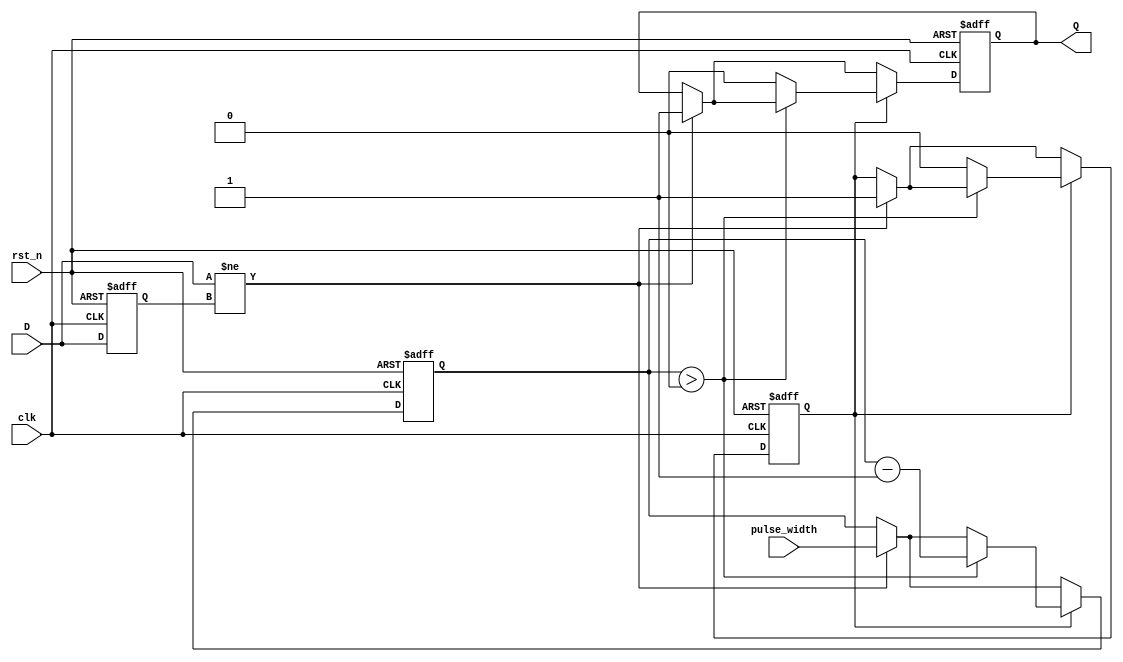
module edge_detector (
    input wire clk,          // Clock signal
    input wire rst_n,       // Asynchronous active-low reset
    input wire D,           // Input signal to be monitored
    input wire [3:0] pulse_width, // Pulse width control (in clock cycles)
    output reg Q            // Output pulse signal
);

    // State register to hold the last state of the input signal
    reg D_prev;

    // State for pulse duration counting
    reg [3:0] pulse_counter;
    reg pulse_active;

    // Edge detection process
    always @(posedge clk or negedge rst_n) begin
        if (!rst_n) begin
            // Reset all states
            D_prev <= 1'b0;
            Q <= 1'b0;
            pulse_counter <= 4'b0;
            pulse_active <= 1'b0;
        end else begin
            // Check for edge
            if (D != D_prev) begin
                // Edge detected, activate the pulse
                pulse_active <= 1'b1;
                pulse_counter <= pulse_width; // Load counter with pulse width
                Q <= 1'b1; // Set output pulse High
            end

            // Process pulse counter
            if (pulse_active) begin
                if (pulse_counter > 0) begin
                    pulse_counter <= pulse_counter - 1; // Decrement counter
                end else begin
                    pulse_active <= 1'b0; // Pulse duration finished
                    Q <= 1'b0; // Reset output pulse
                end
            end
            
            // Update the previous state
            D_prev <= D; 
        end
    end
endmodule